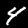
Digit: 4